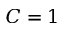
C = 1